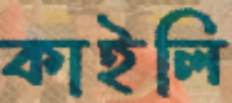
কাইলি